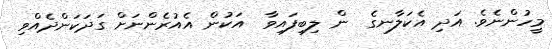
މީހުންނެވެ. އަދި އެކަލާނގެ  ން ލިބިފައިވާ  އަކުން އެއުރެންނަށް ގަދަކަންދެއްވި